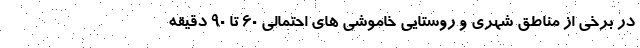
در برخی از مناطق شهری و روستایی خاموشی های احتمالی ۶۰ تا ۹۰ دقیقه